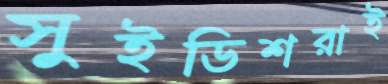
সুইডিশরাই